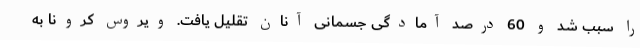
را سبب شد و 60 درصد آمادگی جسمانی آنان تقلیل یافت. ویروس کرونا به